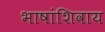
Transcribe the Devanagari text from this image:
भाषांशिवाय